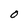
Character: O